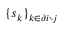
\{ \boldsymbol { s } _ { k } \} _ { k \in \partial i \setminus j }